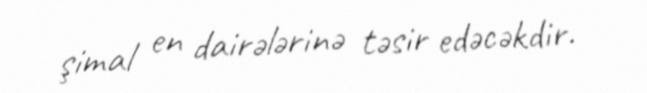
şimal en dairələrinə təsir edəcəkdir.